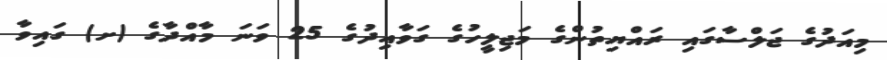
މިއަދުގެ ޖަލްސާގައި ރައްޔިތުންގެ މަޖިލީހުގެ ގަވާއިދުގެ 25 ވަނަ މާއްދާގެ (ށ) ގައިވާ